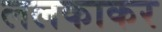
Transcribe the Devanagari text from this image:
ललकाकर